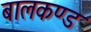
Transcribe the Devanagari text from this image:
बालकण्ड